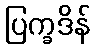
ပြက္ခဒိန်